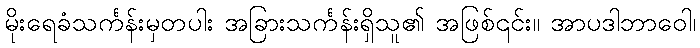
မိုးရေခံသင်္ကန်းမှတပါး အခြားသင်္ကန်းရှိသူ၏ အဖြစ်၎င်း။ အာပဒါဘာဝေါ၊